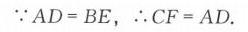
\(\because AD = BE,\ \therefore CF = AD.\)